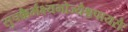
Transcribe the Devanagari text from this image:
सुपक्कैर्भक्ष्यभोज्यैश्चपायसैः